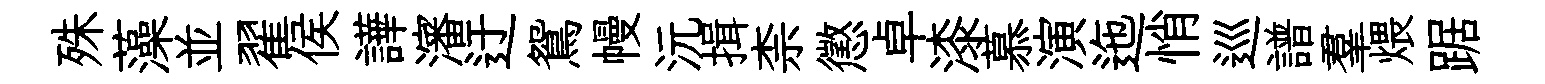
殊藻並翟侯譁瀋迂鴛幔沅揖柰懲卓漆慕演迤悄巡譜羣煨踞